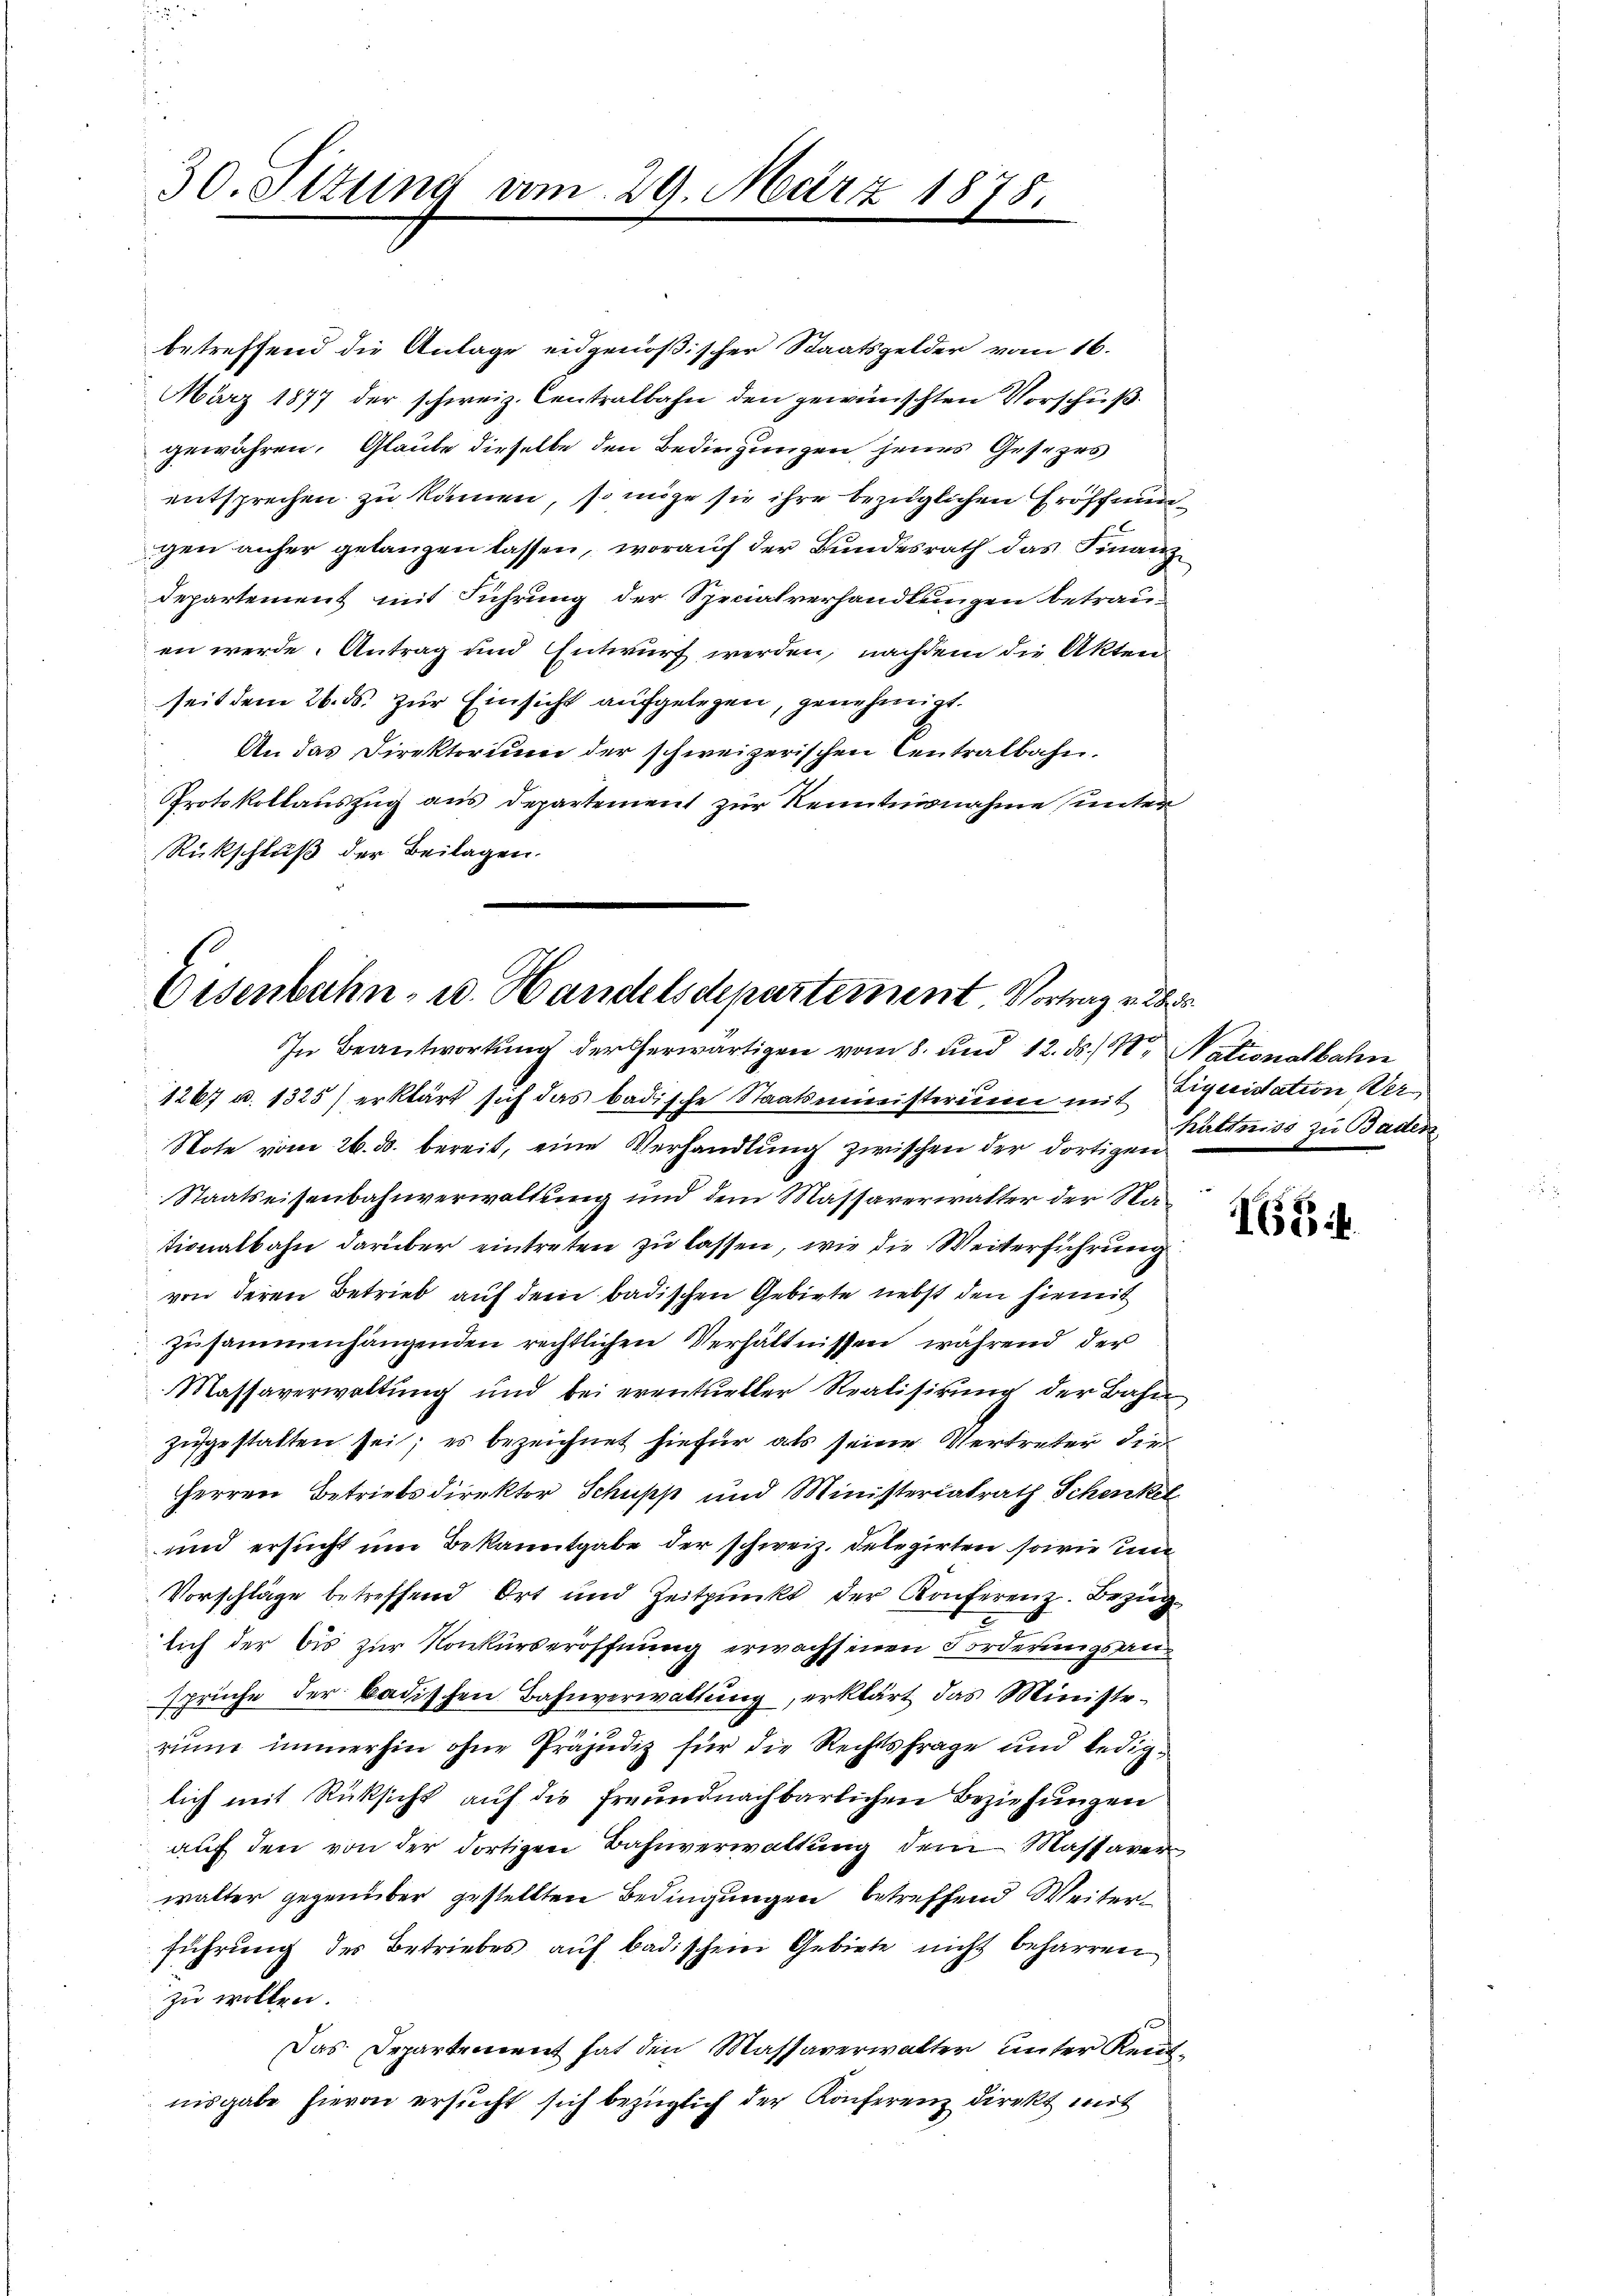
30. Stund vom 29. März

betreffend die Anlage eidgenößischer Staatsgelder vom 16.
März 1877 der schweiz. Centralbahn den gewünschten Vorschuß.
gewähren. Glaube dieselbe den Bedingungen jenes Gesezes
entsprechen zu können, so möge sie ihre bezüglichen Eröffnungen anher gelangen lassen, worauf der Bundesrath das Finanz
Departement mit Führung der Specialverhandlungen betrau-
en werde. Antrag und Entwurf werden, nachdem die Akten
seit dem 26. ds. zur Einsicht aufgelegen, genehmigt.
An das Direktorium der schweizerischen Centralbahn.
Protokollauszug aus departement zur Kenntnisnahme unter
Rückschluß der Beilagen.

1878.

Eisenbahn- u. Handelsdepartement Vortrag v. 2850.
In Beantwortung der herwärtigen vom 8. und 12. ds. / M. Nationalbahre

1267 u. 1325) erklärt sich das badische Staatsministerien mit Piperisation Wer¬
Note vom 26. ds. bereit, eine Verhandlung zwischen der dortigen
Staatseisenbahnverwaltung und dem Massarerwalter der Nationalbahn darüber eintreten zu lassen, wie die Weiterführung
von deren Betrieb auf dem badischen Gebiete nebst den hiemit
zŭsammenhängenden rechtlichen Verhältnissen, während der
Massaverwaltŭng und bei eventueller Realisirung der Bahn
zugestatten sei; es bezeichnet hiefür als seine Vertreter die
HHerren Betriebsdirektor Schuss und Ministerialrath Schenkel
und ersucht um Bekanntgabe der schweiz. Delegirten sowie und
Vorschläge betreffend Ort und Zeitpunkt der Konferenz. Bezug
lich der bis zur Konkurseröffnung erwachsenen Forderungsansprüche der badischen Bahnverwaltung, erklärt das Ministe¬
.
rinne immerhin ohne Präjudiz für die Rechtsfrage und lediglich mit Rücksicht auf die freundnachbarlichen Beziehungen
auf den von der dortigen Bahnverwaltung dem Massaven
walter gegenüber gestellten Bedingungen betreffend Weiterführung des Betriebes auf badischein Gebiete nicht beharren
zu wollen.
Das Departement hat den Massaverwalter unter Kennte
nisgabe hievon ersucht sich bezüglich der Konferenz direkt mit

hältniss zu Bade.

1684